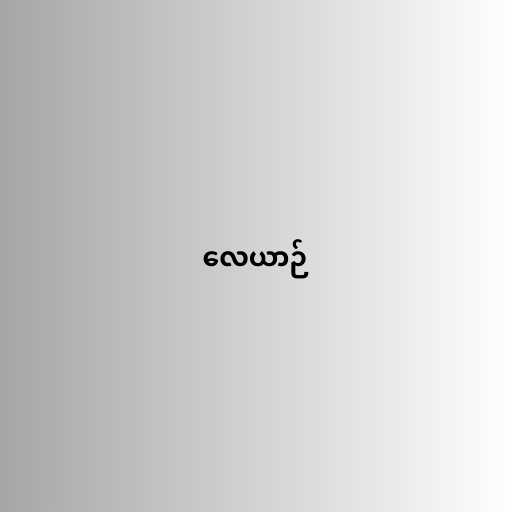
လေယာဉ်